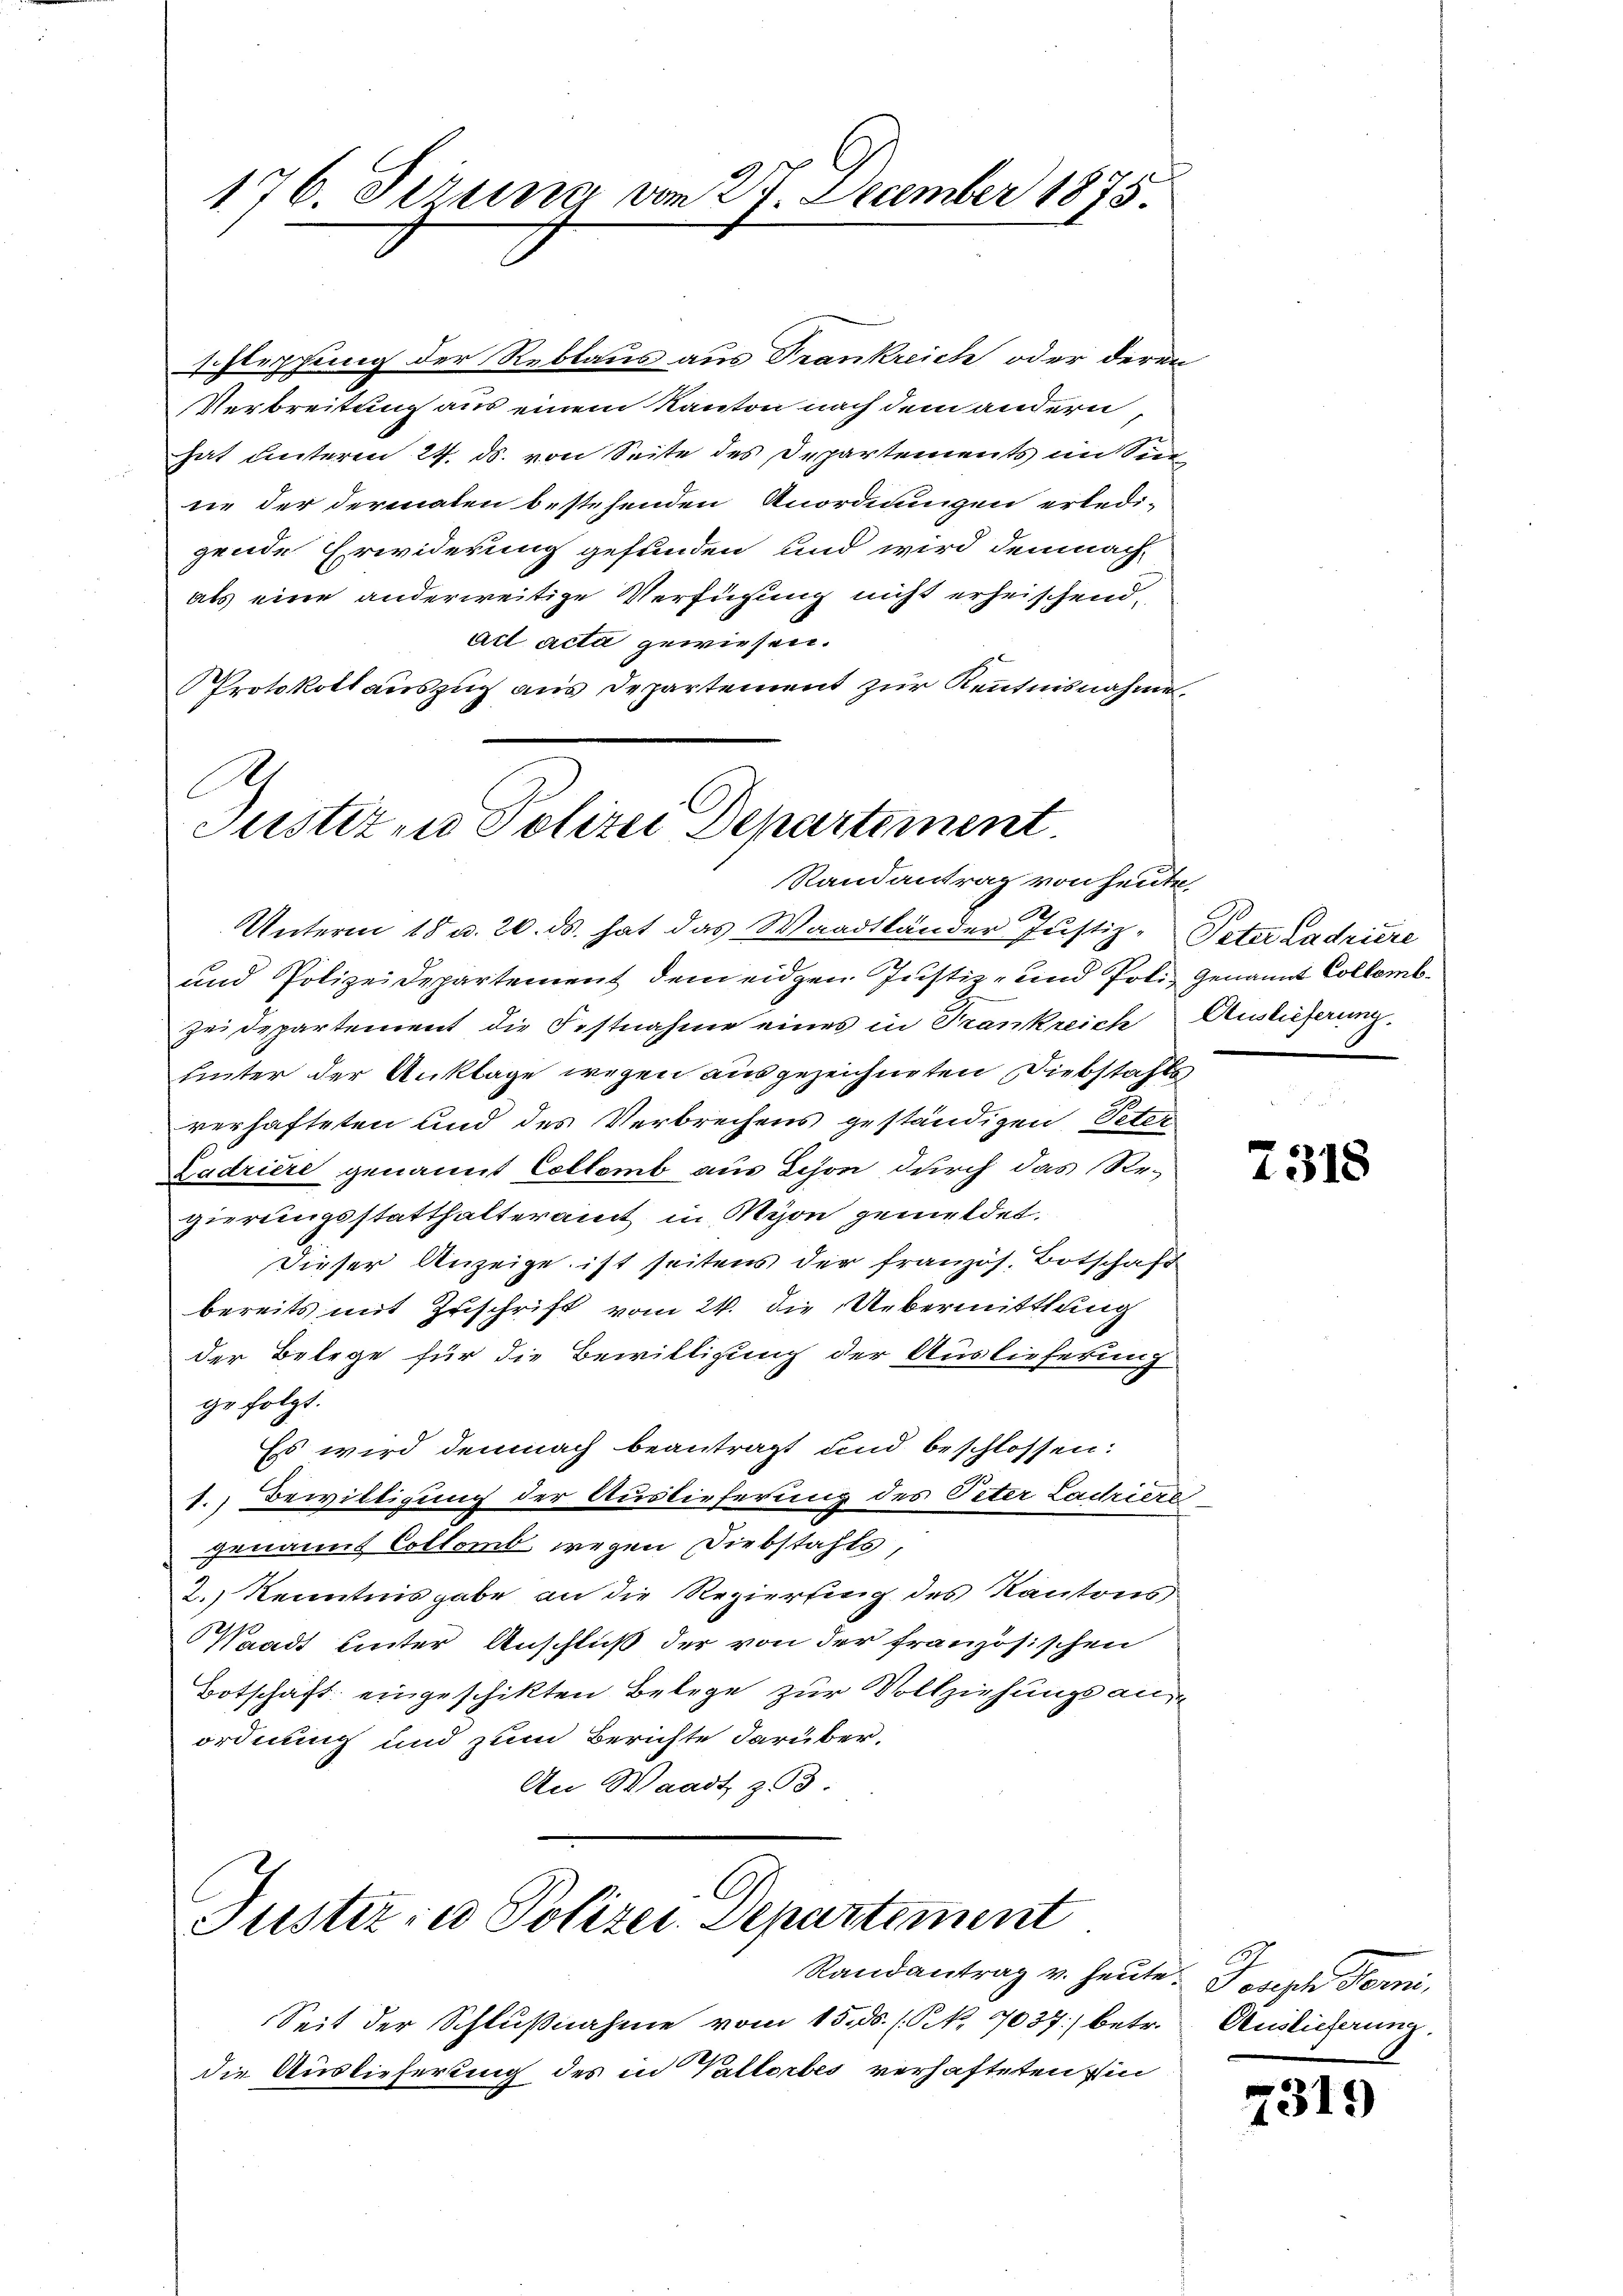
176. Serung vom 27. December 1875.

A
Justizen Polizei Departement.
Randantrag von heute

Unterm 18 u. 20. ds. hat das Waadtländer Justiz-Peter Ladriere
und Polizeidepartement dem eidgen Justiz- und Poli, Genannt Collemb¬
Zei Departement die Festnahme eines in Trankreich Auslieferung.
unter der Anklage wegen ausgezeichneten Diebstahls
verhafteten und des Verbrechens geständigen, Peter
Zadriere genannt Collemb aus Schon durch das Sergierungsstatthalteramt in Myon gemeldet.
Dieser Anzeige ist seitens der französ. Botschaft
bereits mit Zuschrift vom 24. die Uebermittlung
der Belege für die Bewilligung der Auslieferung
ge folgt.
Es wird demnach beantragt und beschlossen:
1. Bewilligung der Auslieferung des Peter Ladriere
genannt Collomb wegen Diebstahls
2.) Kenntnisgabe an die Regierung des Kantons
Waadt unter Anschluß der von der französischen
Botschaft eingeschikten Belege zur Vollziehungs anordnung und zum Berichte darüber.
An Waadt z93.

C
Justiz in Polizei. Departement

schleppung der Reblaus aus Frankreich oder deren
Verbreitung aus einem Kanton nach dem andern
hat unteren 24. ds. von Seite des Departements im Sinne der dermalen bestehenden Anordnungen erledi-
gende Erwiderung gefunden und wird demnach
als eine anderweitige Verfügung nicht erheischend,
Act acta gewiesen.
Protokollauszug aus Departement zur Kenntnisnahme.

Randantrag v. heute. Joseph Ferni,
Seit der Schlußnahme vom 15. ds. (S. 7037) betr. Auslieferung
die Auslieferung des in Valtorbes verhafteten Ein

2318

7319